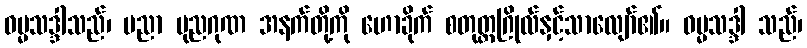
ဓမ္မသဒ္ဒါသည်၊ ပညာ ပုညဂုဏ အနက်တို့ကို ဟောခိုက် စတုတ္ထဂြိုလ်နှင့်သာလျော်၏။ ဓမ္မသဒ္ဒါ သည်၊